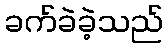
ခက်ခဲခဲ့သည်